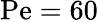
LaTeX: \mathrm{Pe}=60